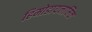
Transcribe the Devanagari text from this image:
हिमोडायनामिक